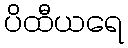
ပိထီယရေ